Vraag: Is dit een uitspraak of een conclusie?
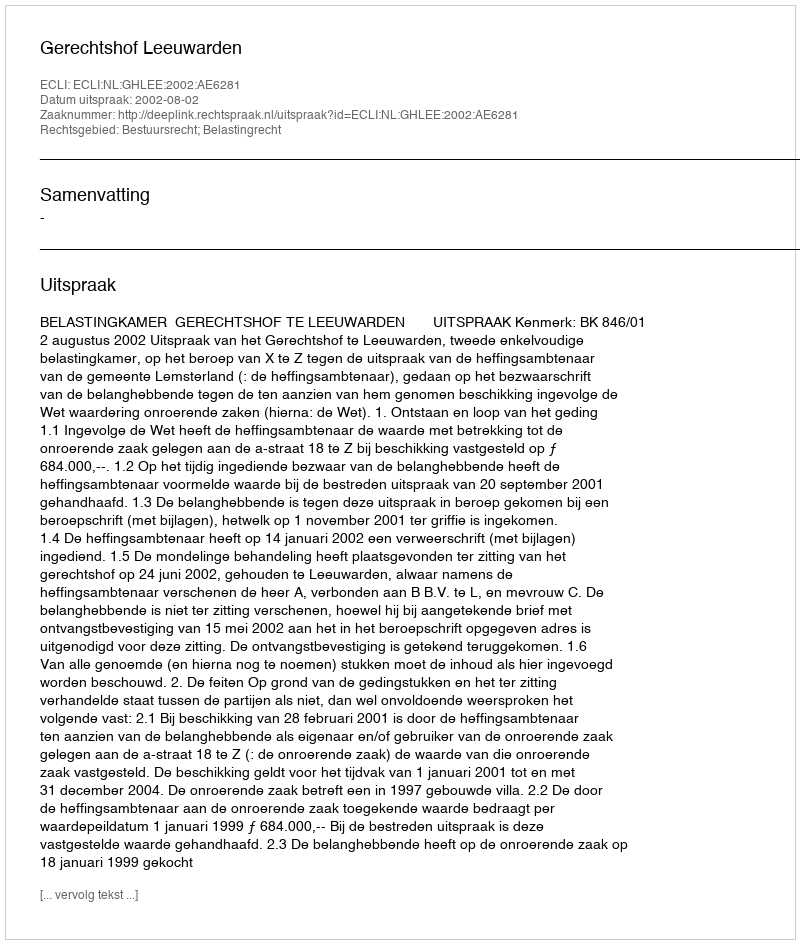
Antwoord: Uitspraak